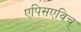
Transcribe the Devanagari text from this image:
एपिसएविच्